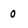
Character: 0